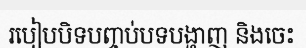
របៀបបិទបញ្ចប់បទបង្ហាញ និងចេះ